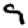
Digit: 9